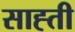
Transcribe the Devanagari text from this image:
साह्ती